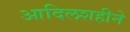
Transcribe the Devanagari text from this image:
आदिलशहीने